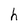
Character: h